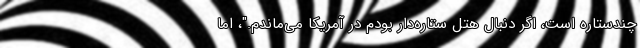
چندستاره است، اگر دنبال هتل ستاره‌دار بودم در آمریکا می‌ماندم."، اما